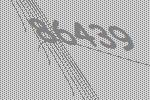
86439